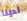
لدينا